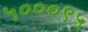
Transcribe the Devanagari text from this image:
५०००९५